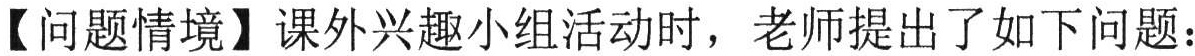
【问题情境】课外兴趣小组活动时，老师提出了如下问题：